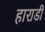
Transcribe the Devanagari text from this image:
हाराडी